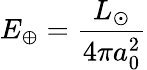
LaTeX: E_{\oplus}={\frac{L_{\odot}}{4\pi a_{0}^{2}}}